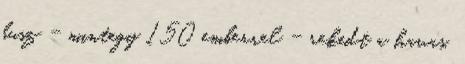
busz - mintegy 150 emberrel - rekedt a havas,